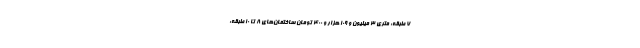
۷ طبقه: متری ۳ میلیون و ۱۰۹ هزار و ۴۰۰ تومان ساختمان‌های ۸ تا ۱۰ طبقه: